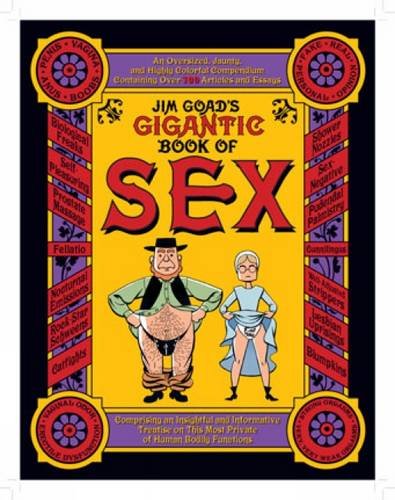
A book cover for Jim Goad's Gigantic Book of Sex; Jim Goad; Humor & Entertainment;